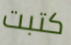
كتبت